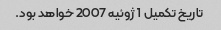
تاریخ تکمیل 1 ژوئیه 2007 خواهد بود.